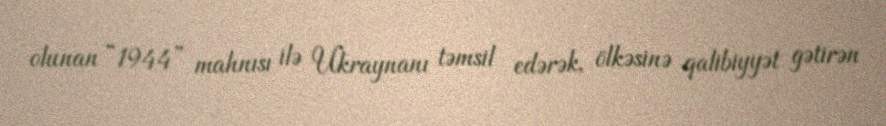
olunan “1944” mahnısı ilə Ukraynanı təmsil edərək, ölkəsinə qalibiyyət gətirən